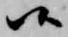
候